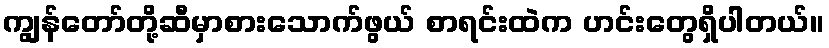
ကျွန်တော်တို့ဆီမှာစားသောက်ဖွယ် စာရင်းထဲက ဟင်းတွေရှိပါတယ်။